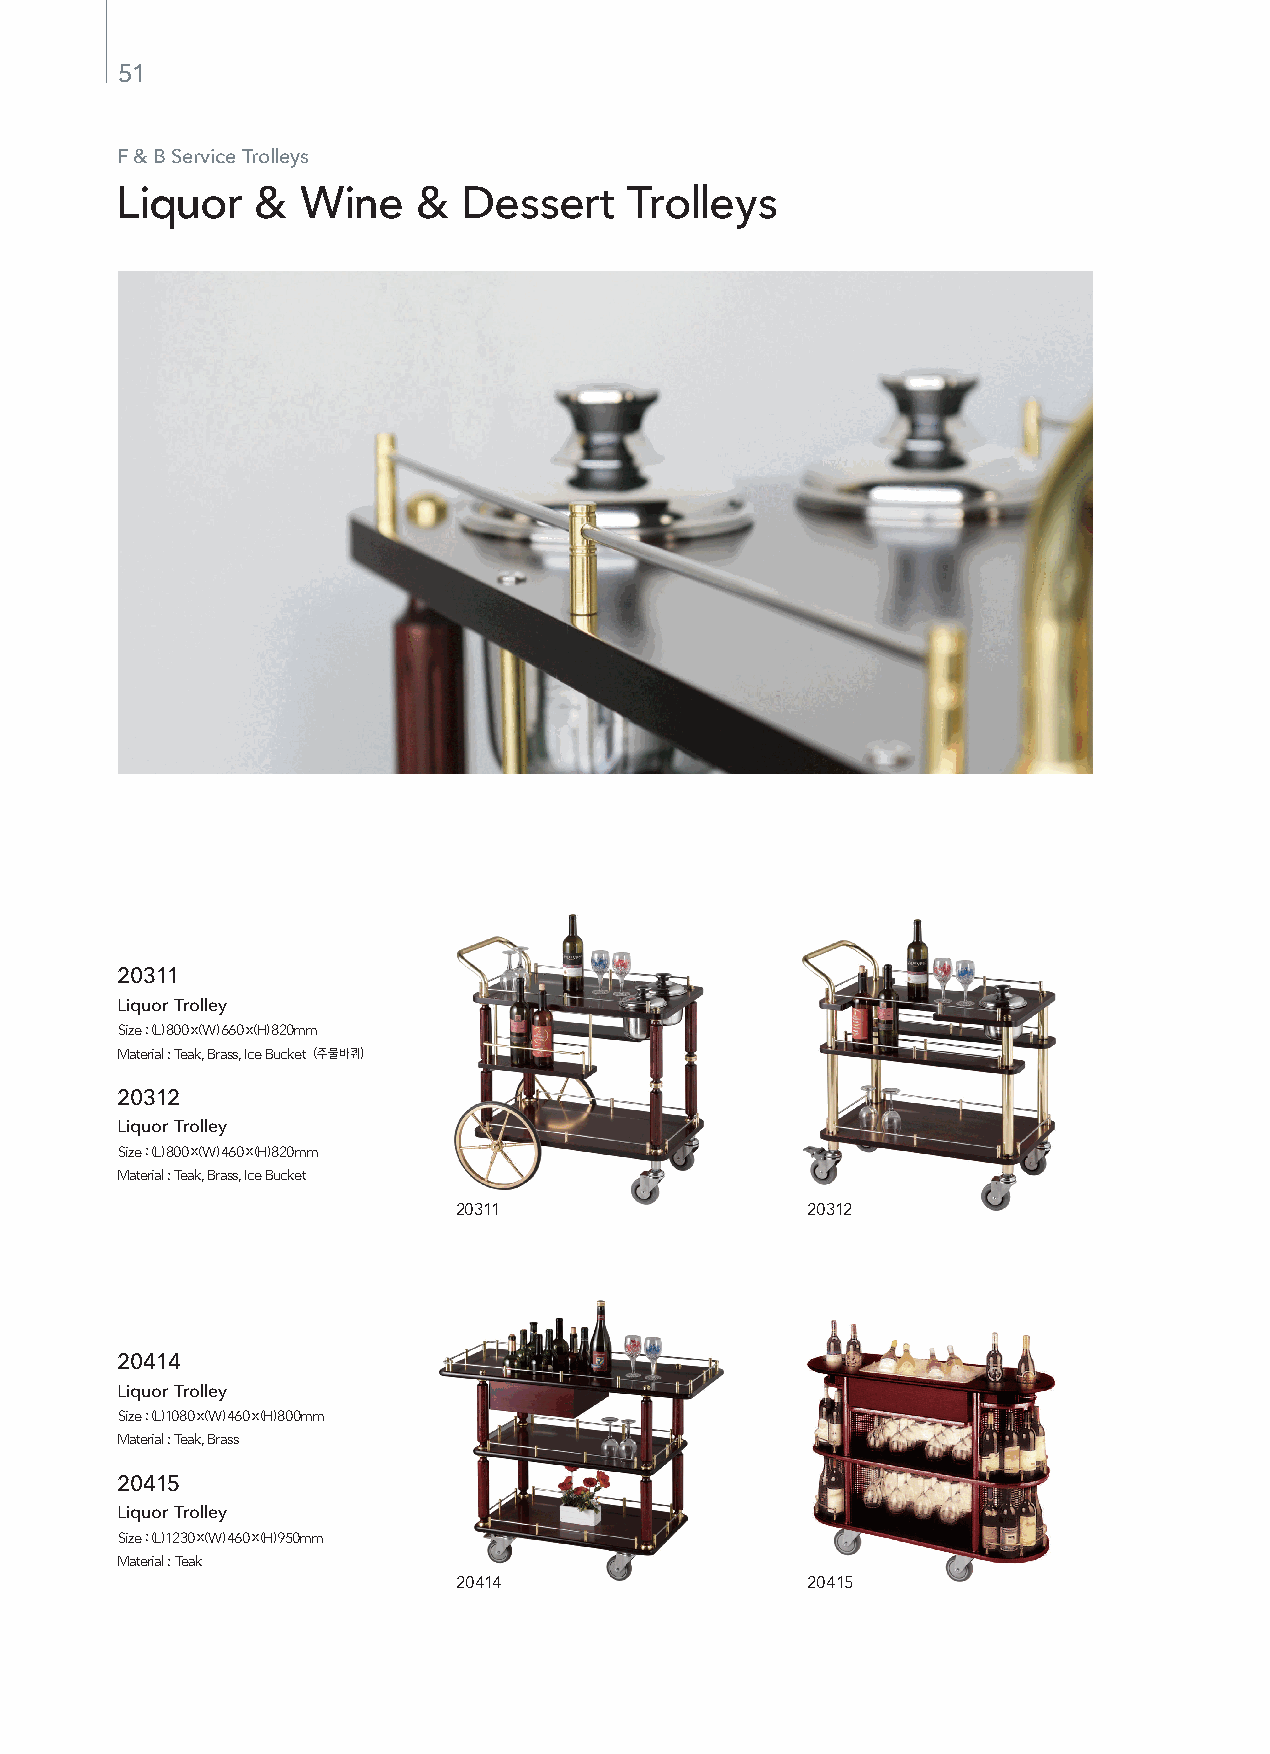
51
 F & B Service Trolleys
 Liquor   &  Wine    &  Dessert    Trolleys
 20311
 Liquor Trolley
 Size : (L) 800 x (W) 660 x (H) 820mm
 Material : Teak, Brass, Ice Bucket(주물바퀴)
 20312
 Liquor Trolley
 Size : (L) 800 x (W) 460 x (H) 820mm
 Material : Teak, Brass, Ice Bucket
 20311                  20312
 20414
 Liquor Trolley
 Size : (L) 1080 x (W) 460 x (H) 800mm
 Material : Teak, Brass
 20415
 Liquor Trolley
 Size : (L) 1230 x (W) 460 x (H) 950mm
 Material : Teak
 20414                  20415